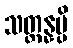
သတ္တန္နမ္ပိ